Annual report of the Bengal Veterinary College and of the Civil Veterinary Department, Bengal, for the year 1918-19 - 1918-1919
Year: 1918
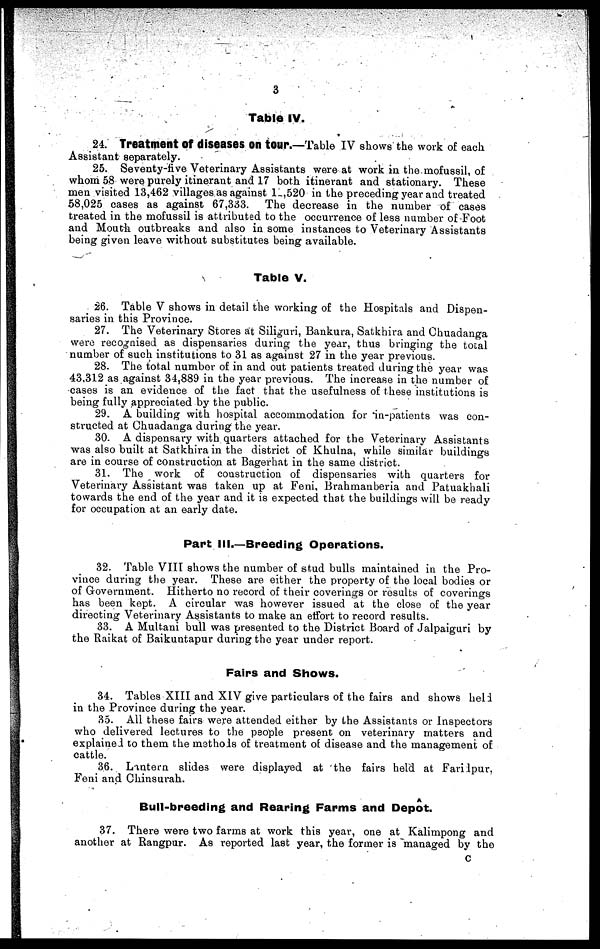
3
Table IV.
24. Treatment Of diseases on tour.—Table IV shows the work of each
Assistant separately.
25. Seventy-five Veterinary Assistants were at work in the mofussil, of
whom 58 were purely itinerant and 17 both itinerant and stationary. These
men visited 13,462 villages as against 12,520 in the preceding year and treated
58,025 cases as against 67,333. The decrease in the number of cases
treated in the mofussil is attributed to the occurrence of less number of Foot
and Mouth outbreaks and also in some instances to Veterinary Assistants
being given leave without substitutes being available.
Table V.
26. Table V shows in detail the working of the Hospitals and Dispen-
saries in this Province.
27. The Veterinary Stores at Siliguri, Bankura, Satkhira and Chuadanga
were recognised as dispensaries during the year, thus bringing the total
number of such institutions to 31 as against 27 in the year previous.
28. The total number of in and out patients treated during the year was
43,312 as against 34,889 in the year previous. The increase in the number of
cases is an evidence of the fact that the usefulness of these institutions is
being fully appreciated by the public.
29. A building with hospital accommodation for in-patients was con-
structed at Chuadanga during the year.
30. A dispensary with quarters attached for the Veterinary Assistants
was also built at Satkhira in the district of Khulna, while similar buildings
are in course of construction at Bagerhat in the same district.
31. The work of construction of dispensaries with quarters for
Veterinary Assistant was taken up at Feni, Brahmanberia and Patuakhali
towards the end of the year and it is expected that the buildings will be ready
for occupation at an early date.
Part III.—Breeding Operations.
32. Table VIII shows the number of stud bulls maintained in the Pro-
vince during the year. These are either the property of the local bodies or
of Government. Hitherto no record of their coverings or results of coverings
has been kept. A circular was however issued at the close of the year
directing Veterinary Assistants to make an effort to record results.
33. A Multani bull was presented to the District Board of Jalpaiguri by
the Raikat of Baikuntapur during the year under report.
Fairs and Shows.
34. Tables XIII and XIV give particulars of the fairs and shows held
in the Province during the year.
35. All these fairs were attended either by the Assistants or Inspectors
who delivered lectures to the people present on veterinary matters and
explained to them the methods of treatment of disease and the management of
cattle.
36. Lantern slides were displayed at the fairs held at Faridpur,
Feni and Chinsurah.
Bull-breeding and Rearing Farms and Depot.
37. There were two farms at work this year, one at Kalimpong and
another at Rangpur. As reported last year, the former is managed by the
C